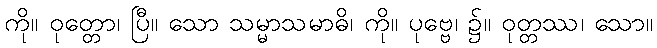
ကို။ ဝုတ္တော၊ ပြီ။ သော သမ္မာသမာဓိ၊ ကို။ ပုဗ္ဗေ၊ ၌။ ဝုတ္တဿ၊ သော။